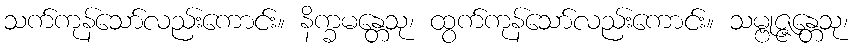
သက်ကုန်သော်လည်းကောင်း။ နိက္ခမန္တေသု၊ ထွက်ကုန်သော်လည်းကောင်း။ သမ္ဗုဇ္ဇန္တေသု၊